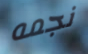
نجمه